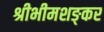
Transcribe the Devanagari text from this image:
श्रीभीमशङ्कर